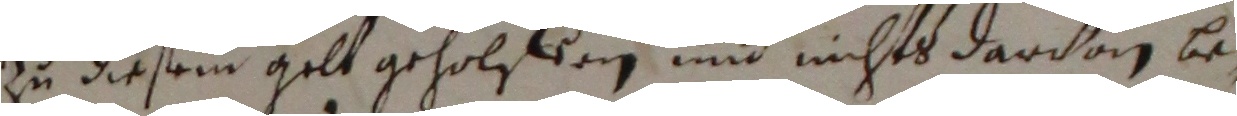
zu diesem gelt geholffen und nichts darvon be